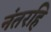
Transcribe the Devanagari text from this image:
नंतरहि